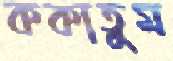
ককাতুম